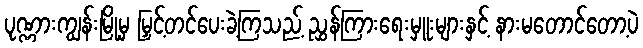
ပုဏ္ဏားကျွန်းမြို့မှ မြှင့်တင်ပေးခဲ့ကြသည့် ညွှန်ကြားရေးမှူးများနှင့် နားမတောင်တော့ပဲ